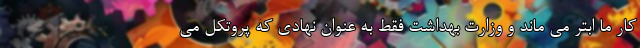
کار ما ابتر می ماند و وزارت بهداشت فقط به عنوان نهادی که پروتکل می